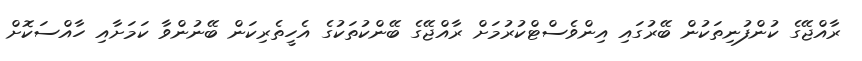
ރާއްޖޭގެ ކުންފުނިތަކުން ބޭރުގައި އިންވެސްޓްކުރުމަށް ރާއްޖޭގެ ބޭންކުތަކުގެ އެހީތެރިކަން ބޭނުންވާ ކަމަށާއި ހާއްސަކޮށް